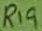
Text: R19